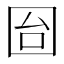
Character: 囼